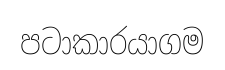
පටාකාරයාගම